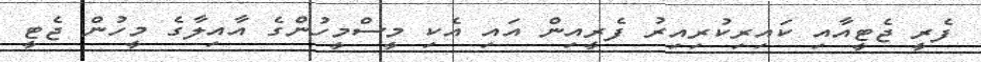
ފެރީ ޖެޓީއާއި ކައިރިކުރިއިރު ފެރީއިން އައި އެކި މީސްމީހުންގެ އާއިލާގެ މީހުން ޖެޓީ